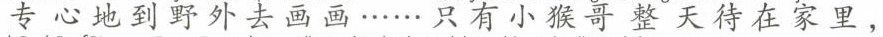
专心地到野外去画画……只有小猴哥整天待在家里，